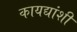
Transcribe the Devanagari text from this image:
कायद्यांशी